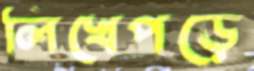
লিখেপড়ে